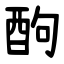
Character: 䣱